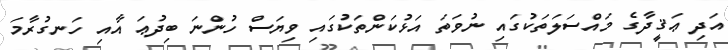
އަދި ޢަޤީދާގެ މައްސަލަތަކުގައި ނުވަތަ އަޅުކަންތަކުގައި ވިޔަސް ހުންނަ ބިދުޢަ އާއި ހަނގުރާމަ